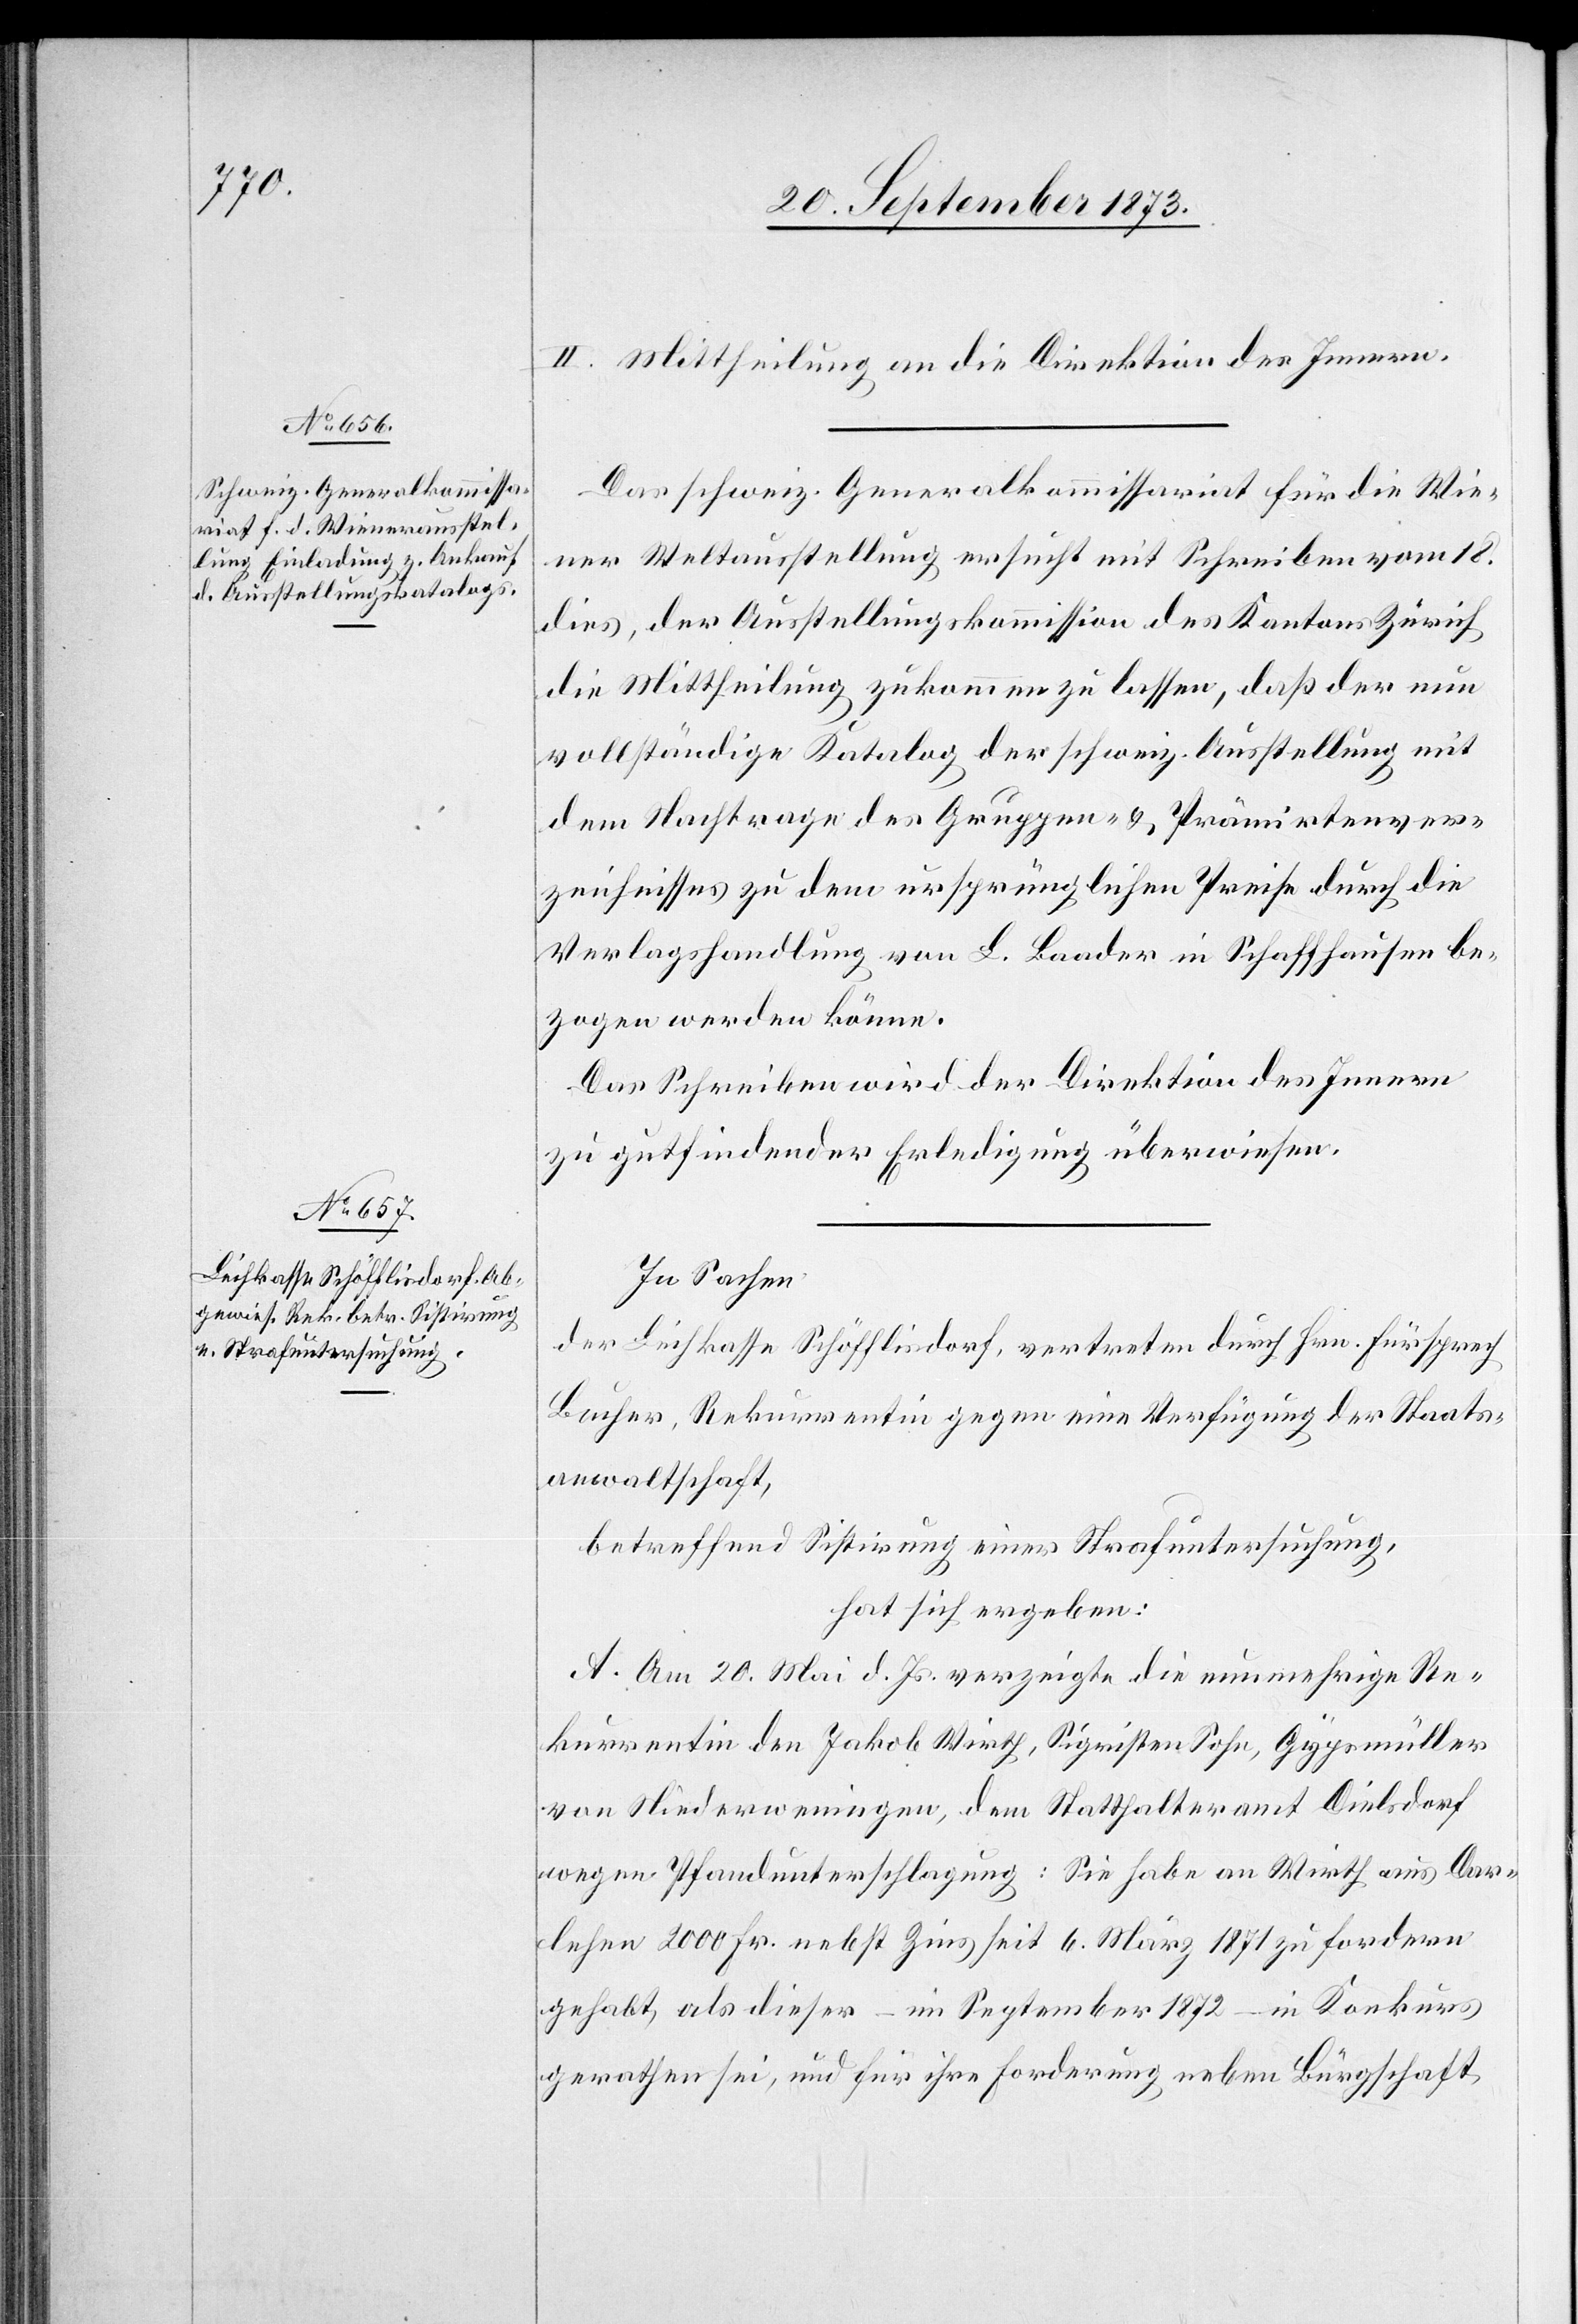
II. Mittheilung an die Direktion des Innern.
Das schweiz. Generalkommissariat für die Wie¬
ner Weltausstellung ersucht mit Schreiben vom 18.
dies, der Ausstellungskommission des Kantons Zürich
die Mittheilung zukommen zu lassen, daß der nun
vollständige Katalog der schweiz. Ausstellung mit
dem Nachtrage des Gruppen- & Prämirtenver¬
zeichnisses zu dem ursprünglichen Preise durch die
Verlagshandlung von L. Baader in Schaffhausen be¬
zogen werden könne.
Das Schreiben wird der Direktion des Innern
zu gutfindender Erledigung überwiesen.
In Sachen
der Leihkasse Schöfflisdorf, vertreten durch Hrn. Fürsprech
Bucher, Rekurrentin gegen eine Verfügung der Staats¬
anwaltschaft,
betreffend Sistirung einer Strafuntersuchung,
hat sich ergeben:
A. Am 20. Mai d. Js. verzeigte die nunmehrige Re¬
kurrentin den Jakob Wirth, Sigristen Sohn, Gypsmüller
von Niederweningen, dem Statthalteramt Dielsdorf
wegen Pfandunterschlagung: Sie habe an Wirth aus Dar¬
lehen 2 00o Fr. nebst Zins seit 6. März 1871 zu fordern
gehabt, als dieser – im September 1872 – in Konkurs
gerathen sei, und für ihre Forderung neben Bürgschaft